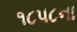
૧૮૫૮ના